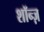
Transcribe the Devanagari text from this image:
शॉन्ज़